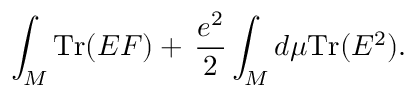
\int _ { \cal M } \mathrm { T r } ( E F ) + \, { \frac { e ^ { 2 } } { 2 } } \int _ { \cal M } d \mu \mathrm { T r } ( E ^ { 2 } ) .